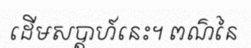
ដើមសប្តាហ៍នេះ។ ពណ៌នៃ